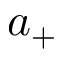
a _ { + }